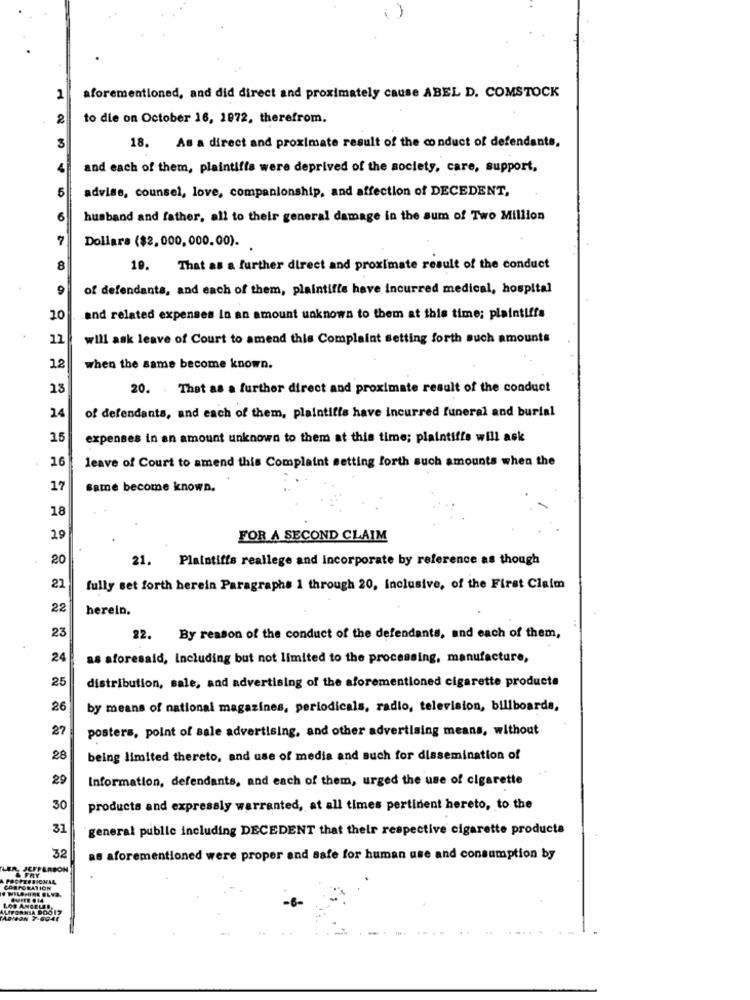
1
aforementioned, and did direct and proximately cause ABEL D. COMSTOCK
2
to die on October 16, 1972, therefrom.
18. As a direct and proximate result of the conduct of defendants,
and each of them, plaintiffs were deprived of the society, care, support,
5
advise, counsel, love, companionship, and affection of DECEDENT,
6
husband and father, all to their general damage in the sum of Two Million
Dollara ($2,000, 000.00).
8
19. That as a further direct and proximate result of the conduct
9
of defendants, and each of them, plaintiffe have Incurred medical, hospital
20
and related expenses Io an amount unknown to them at this time; plaintiffs
12
will ask leave of Court to amend this Complaint setting forth such amounts
12
when the same become known.
13
20. . That as a further direct and proximate result of the conduct
of defendants, and each of them, plaintiffs have incurred funeral and burial
24
15
expenses in an amount unknown to them at this time; plaintiffs will ask
16
leave of Court to amend this Complaint setting forth such amounts when the
17
same become known.
18
29
FOR A SECOND CLAIM
20
21. Plaintiffs reallege and incorporate by reference as though
21
fully set forth herein Paragraphs 1 through 20, inclusive, of the First Claim
22
herein.
23
22. By reason of the conduct of the defendants, and each of them,
24
as aforesaid, Including but not limited to the processing, manufacture,
25
distribution, sale, and advertising of the aforementioned cigarette products
26
by means of national magazines, periodicals, radio, television, billboards,
87
posters, point of sale advertising, and other advertising means, without
28
being limited thereto, and use of media and such for dissemination of
29
Information, defendants, and each of them, urged the use of cigarette
30
products and expressly warranted, at all times pertinent hereto, to the
31
general publie including DECEDENT that their respective cigarette products
32
as aforementioned were proper and safe for human use and consumption by
FRY
PROFESSIONAL
CORPORATION
ALIFORNIA DOOIT
LOS ANGELES,
ADICON 7-6941